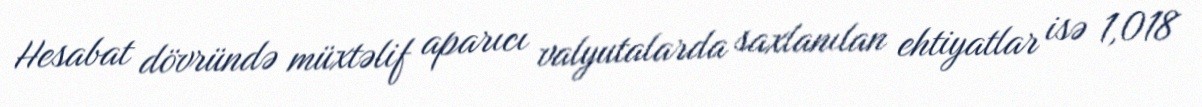
Hesabat dövründə müxtəlif aparıcı valyutalarda saxlanılan ehtiyatlar isə 1,018